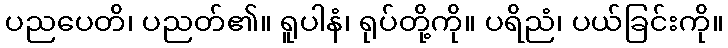
ပညပေတိ၊ ပညတ်၏။ ရူပါနံ၊ ရုပ်တို့ကို။ ပရိညံ၊ ပယ်ခြင်းကို။